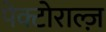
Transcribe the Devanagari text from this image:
पेक्टोराल्ज़